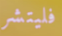
فليتشر